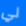
لي